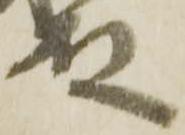
殿